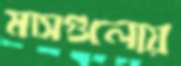
মাসগুলোয়